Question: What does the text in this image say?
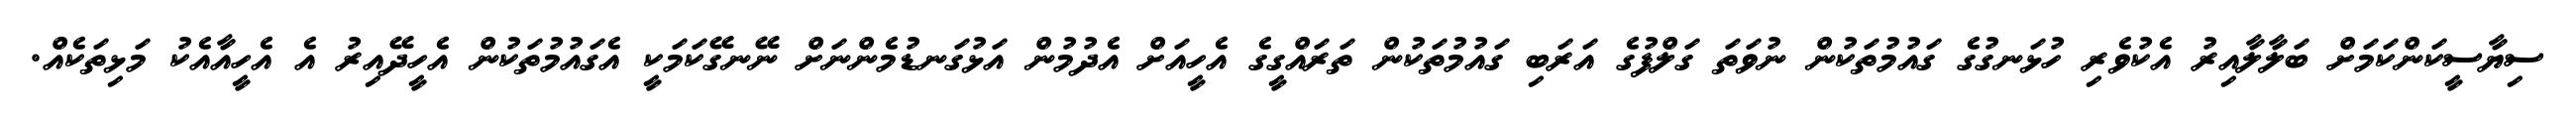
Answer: ސިޔާސީކަންކަމަށް ބަލާލާއިރު އެކުވެރި ހުޅަނގުގެ ގައުމުތަކުން ނުވަތަ ގަލްފުގެ އަރަބި ގައުމުތަކުން ތަރައްގީގެ އެހީއަށް އެދުމުން އަޅުގަނޑުމެންނަށް ނޭނގޭކަމަކީ އެގައުމުތަކުން އެހީދޭއިރު އެ އެހީއާއެކު މަޅިތަކެއް.